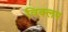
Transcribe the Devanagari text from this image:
विक्लप